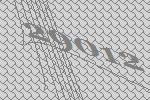
29012